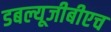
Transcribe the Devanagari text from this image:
डबल्यूजीबीएच